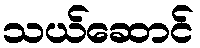
သယ်ဆောင်